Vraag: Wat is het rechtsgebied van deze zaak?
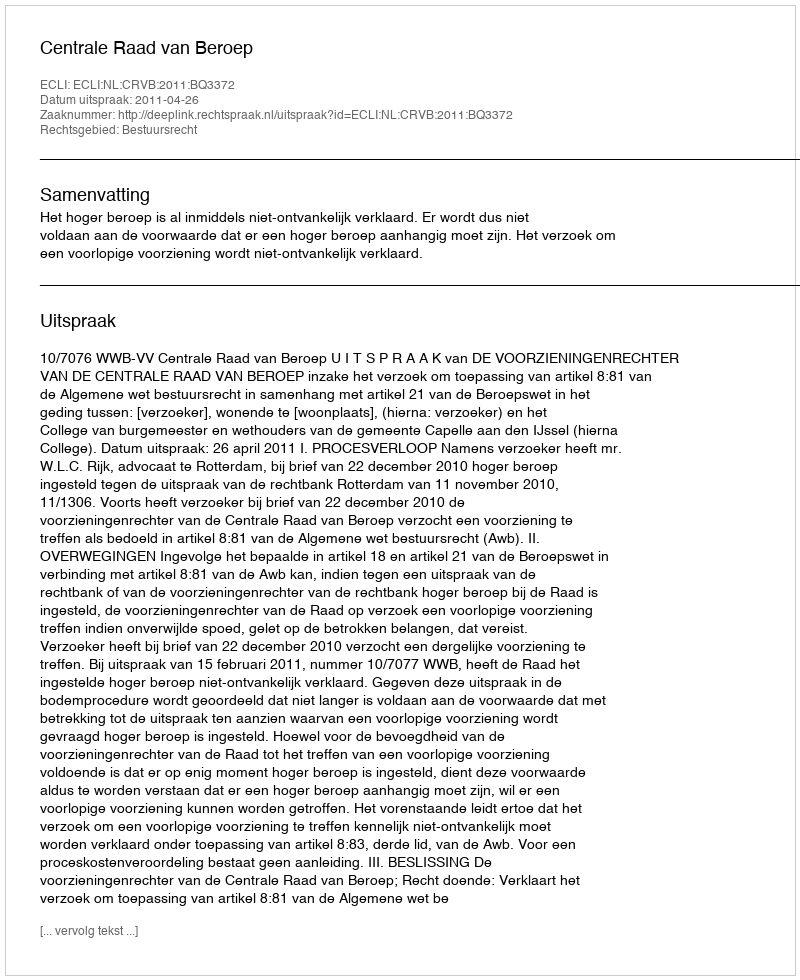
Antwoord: Bestuursrecht